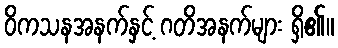
ဝိကသနအနက်နှင့် ဂတိအနက်များ ရှိ၏။